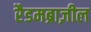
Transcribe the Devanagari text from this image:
रैडमब्राज़ील